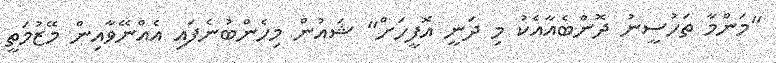
"މަންމާ ތަހުސީނު ދޮންބެއާއެކު މި ދަނީ އޮފީހަށް" ޝައުން މިހެންބުނެފައި އެއްނޭވާއިން މޭޒުމަތީ